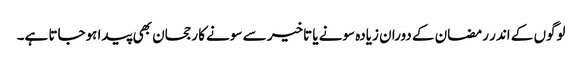
لوگوں کے اندر رمضان کے دوران زیادہ سونے یا تاخیر سے سونے کا رجحان بھی پیدا ہوجاتا ہے۔